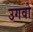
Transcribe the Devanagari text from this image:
उगवो